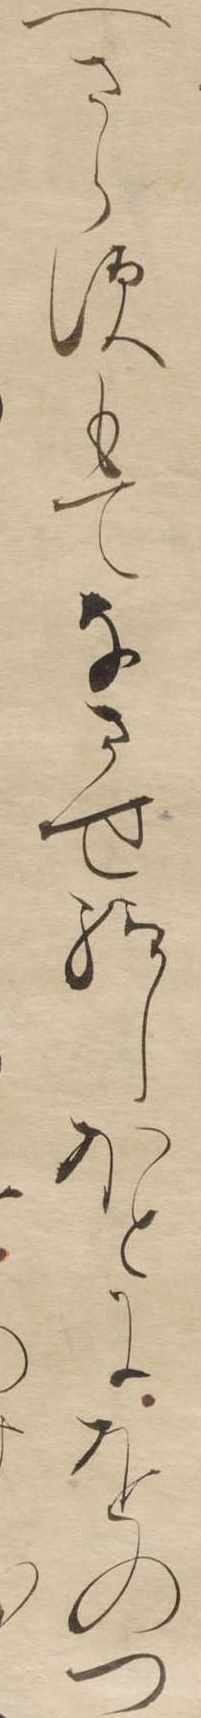
へさらすもてなさせ給しほとにをのつ